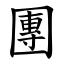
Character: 團